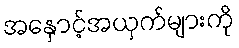
အနှောင့်အယှက်များကို